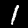
Digit: 1